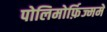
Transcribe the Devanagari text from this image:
पोलिमोर्फ़िज्ममें